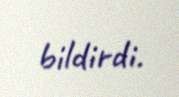
bildirdi.